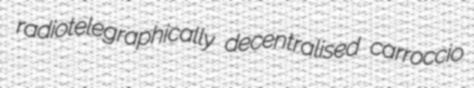
radiotelegraphically decentralised carroccio